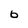
Character: 6